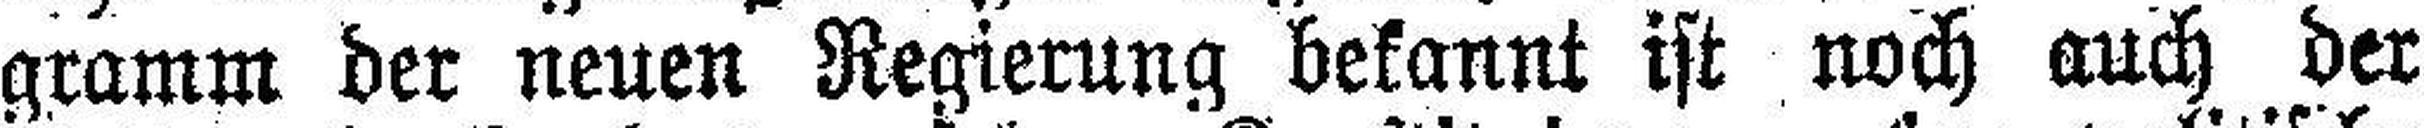
gramm der neuen Regierung bekannt ist noch auch der